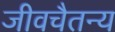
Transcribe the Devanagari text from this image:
जीवचैतन्य